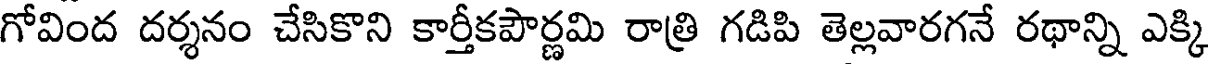
గోవింద దర్శనం చేసికొని కార్తీకపౌర్ణమి రాత్రి గడిపి తెల్లవారగనే రథాన్ని ఎక్కి